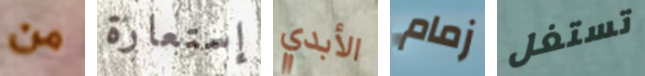
من إستعارة الأبدي زمام تستغل